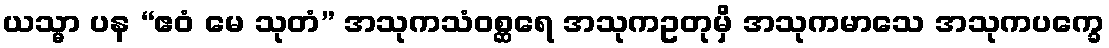
ယသ္မာ ပန “ဧဝံ မေ သုတံ” အသုကသံဝစ္ဆရေ အသုကဥတုမှိ အသုကမာသေ အသုကပက္ခေ